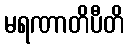
မရဏာတိပီတိ